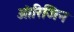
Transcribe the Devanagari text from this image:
आ॓रिजिन